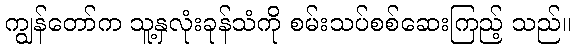
ကျွန်တော်က သူ့နှလုံးခုန်သံကို စမ်းသပ်စစ်ဆေးကြည့် သည်။